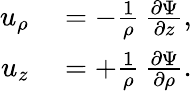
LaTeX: \begin{array}{rl}{u_{\rho}}&{{}=-{\frac{1}{\rho}}\, {\frac{\partial\Psi}{\partial z}},}\\ {u_{z}}&{{}=+{\frac{1}{\rho}}\, {\frac{\partial\Psi}{\partial\rho}}.}\end{array}